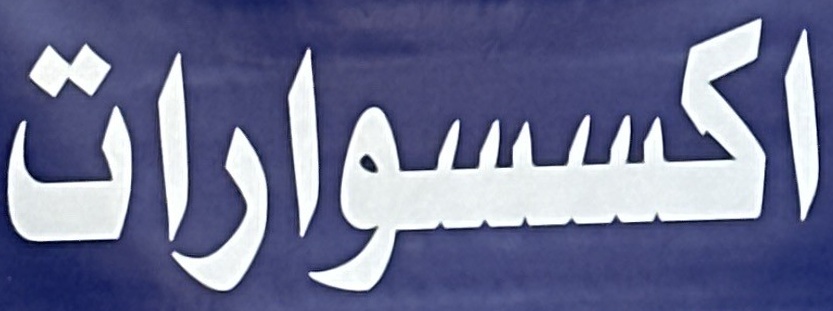
اكسسوارات